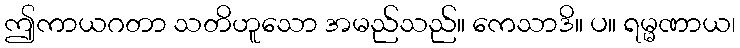
ဤကာယဂတာ သတိဟူသော အမည်သည်။ ကေသာဒိ။ ပ။ ရမ္မဏာယ၊